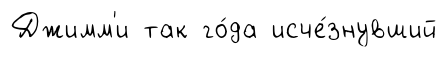
Джимм'и так го́да исче́знувший